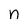
Character: n